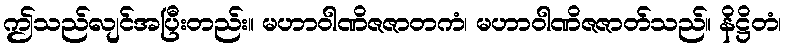
ဤသည်လျင်အပြီးတည်း။ မဟာဝါဏိဇဇာတကံ၊ မဟာဝါဏိဇဇာတ်သည်။ နိဋ္ဌိတံ၊